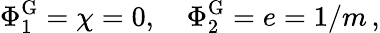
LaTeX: \Phi_{1}^{\mathrm{G}}=\chi=0,\, \, \, \, \, \, \Phi_{2}^{\mathrm{G}}=e=1/m\, ,